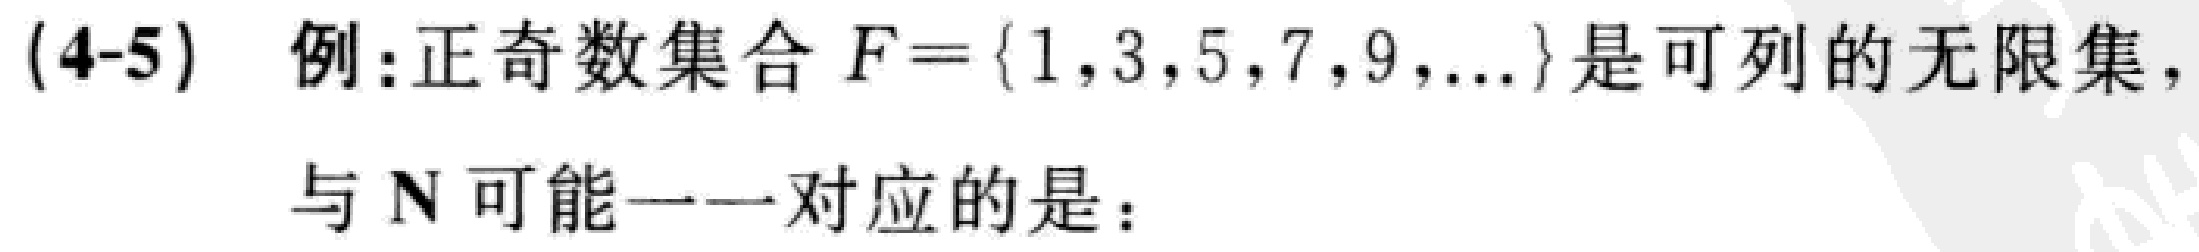
(4-5) 例:正奇数集合 \(F = \{1,3,5,7,9,\ldots\}\) 是可列的无限集，
与 \(\mathbf{N}\) 可能一一对应的是：